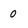
Character: 0